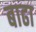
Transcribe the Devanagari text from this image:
बाढा